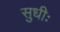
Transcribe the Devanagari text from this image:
सुधीः